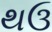
થઉ